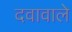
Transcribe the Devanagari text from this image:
दवावाले